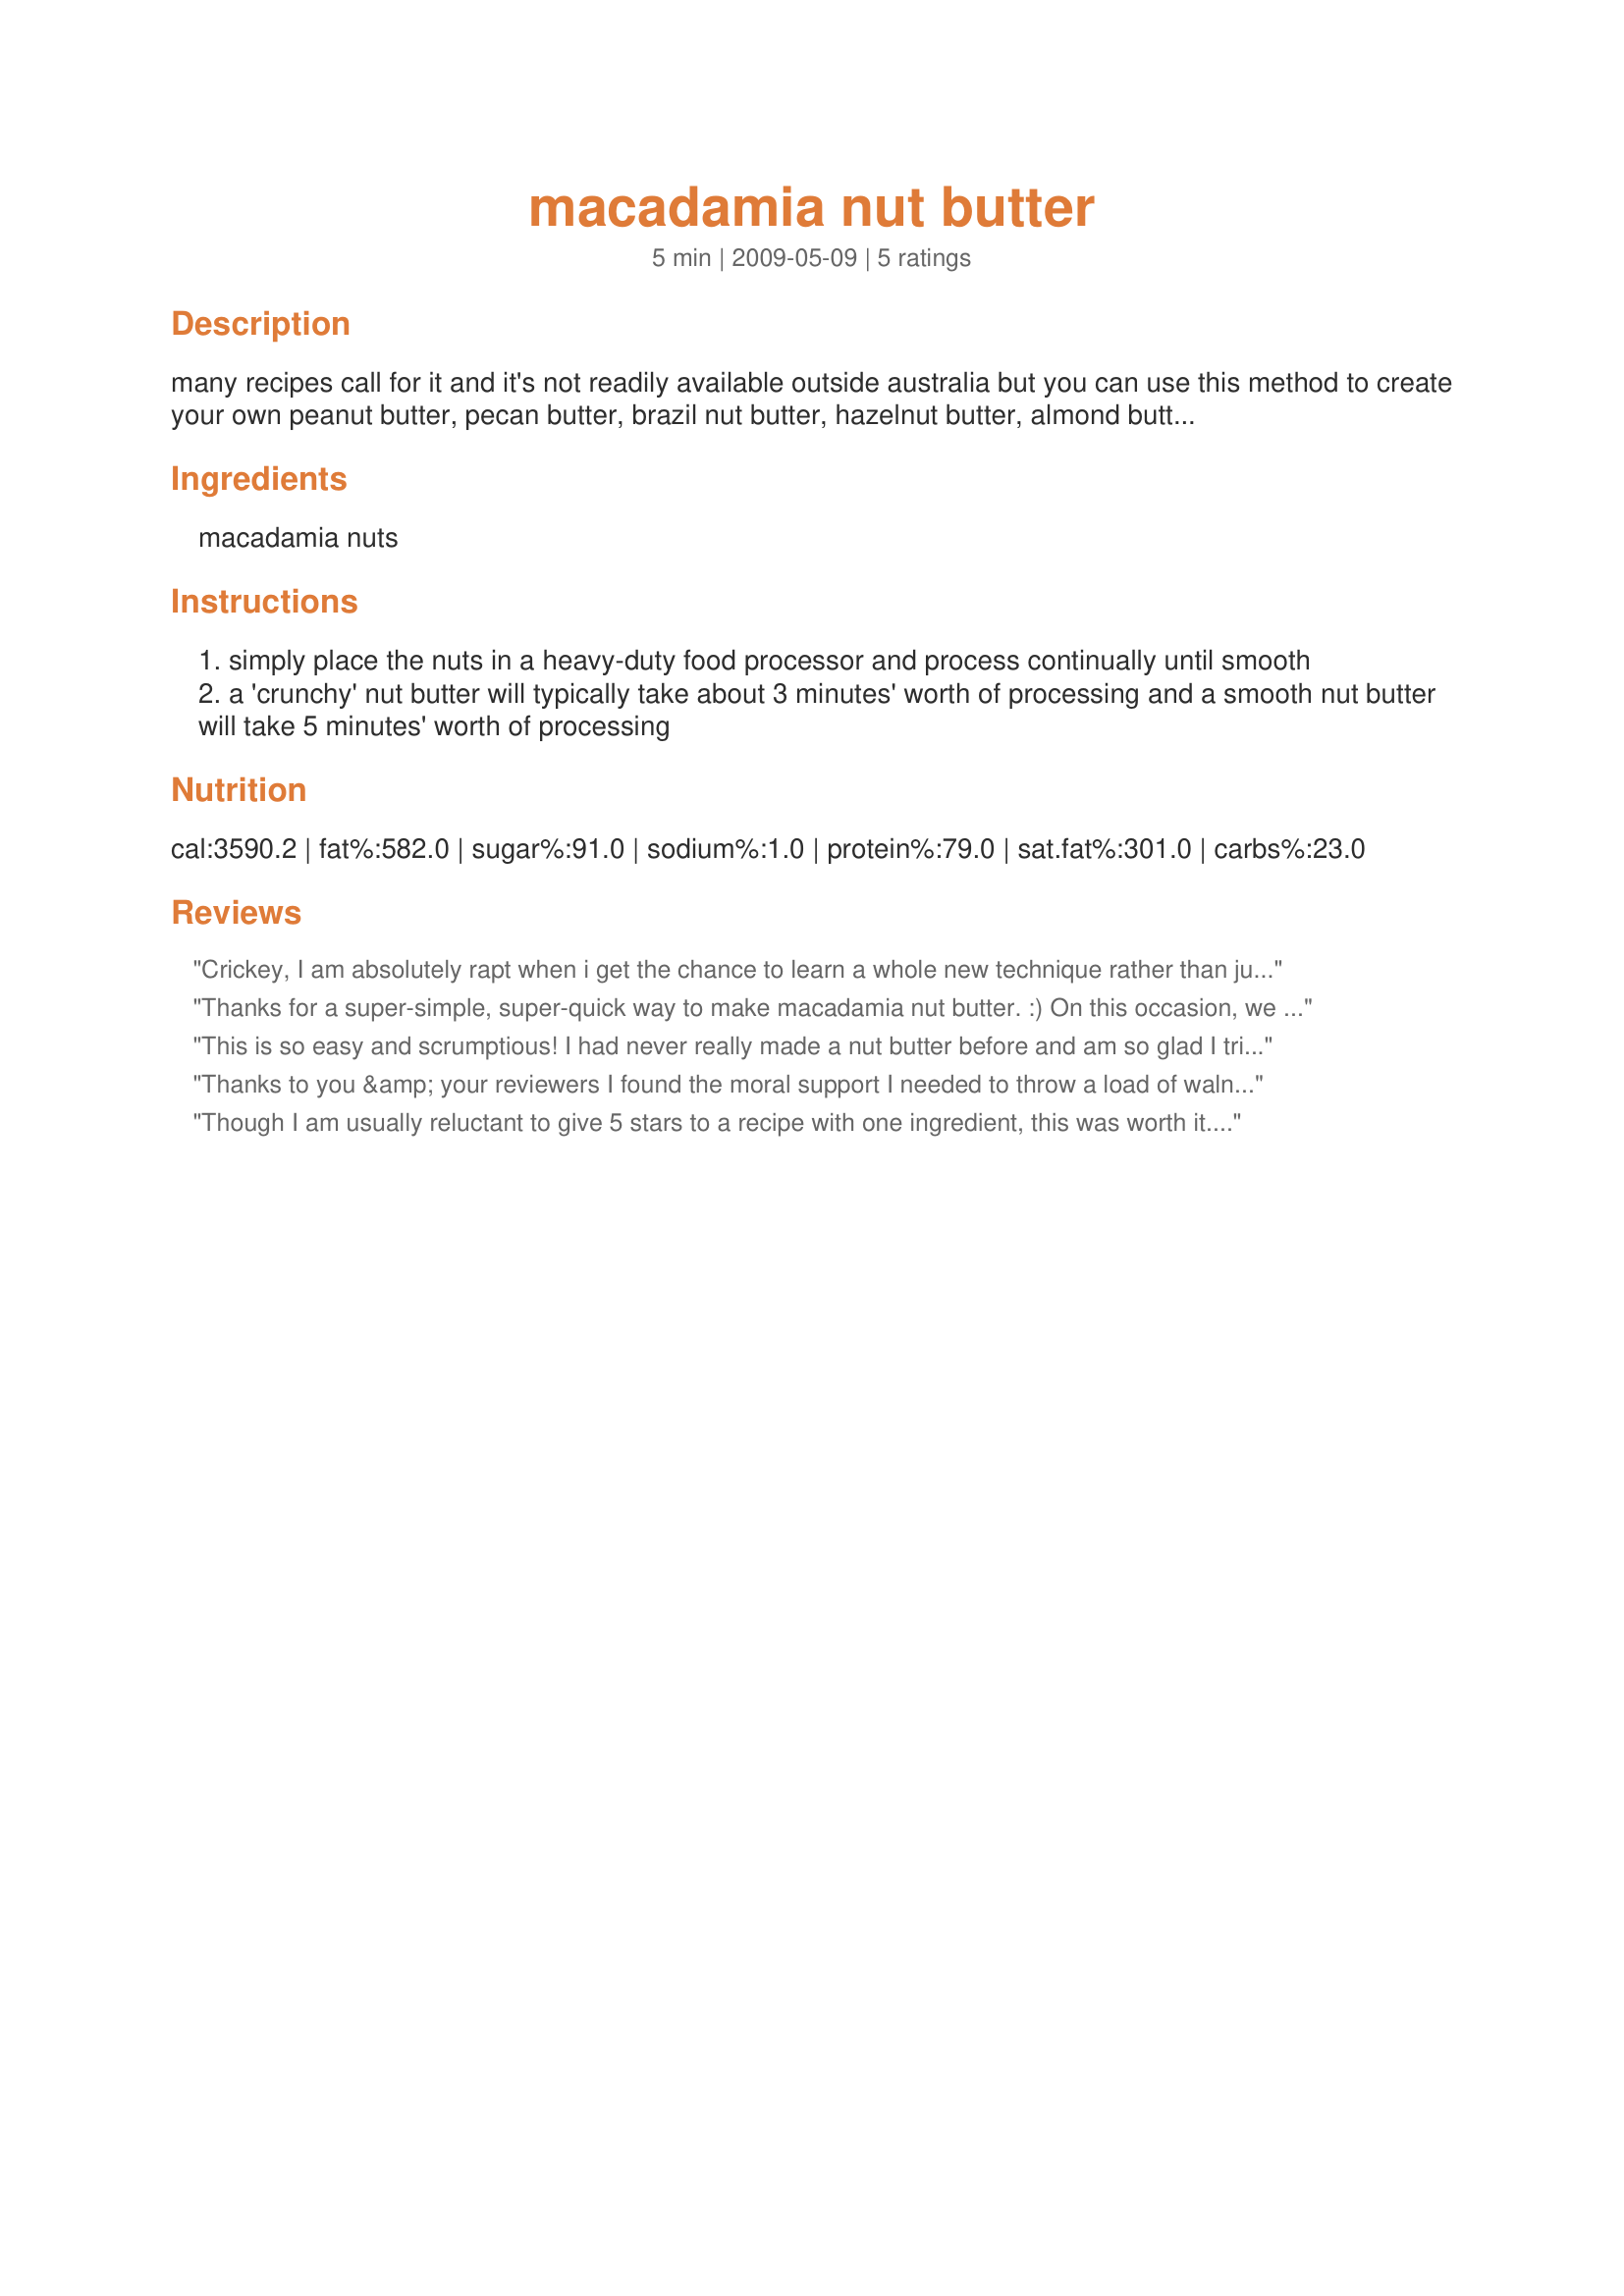
macadamia nut butter
Preparation time: 5 minutes

many recipes call for it and it's not readily available outside australia but you can use this method to create your own peanut butter, pecan butter, brazil nut butter, hazelnut butter, almond butter or any nut butter you like. am guessing at how much it will yield and listed it twice so rz would recognize it.

after looking at one of jubes fish recipes, i have wondered if this could be used in savory dishes that have a butter and nut combination??

Ingredients:
macadamia nuts

Steps:
simply place the nuts in a heavy-duty food processor and process continually until smooth
a 'crunchy' nut butter will typically take about 3 minutes' worth of processing and a smooth nut butter will take 5 minutes' worth of processing

Reviews:
Crickey, I am absolutely rapt when i get the chance to learn a whole new technique rather than just a recipe! I don't know why I hadn't thought of making my own nut butters this way before but I can be sure I will be doing it again. I made a smaller batch just for me in my mini chopper. Then I spread it on a toasted cinnamon and raisin bagel and drizzled it with just a touch of Australian honey. It was beautiful for breakfast. I am sure this will work well with a variety of nuts but that buttery texture of the Macadamia nuts really lent itself to this method. I think that the only thing I might try slightly differently next time is just to roast the nuts first. It was great as written but I just would like to see how it turns out that way too. Thanks! Made for the Chow Hound team in ZWT5.
Thanks for a super-simple, super-quick way to make macadamia nut butter. :) On this occasion, we enjoyed some on toast and followed Sarah_Jayne's suggestion and added some honey. YUM! I love macadamias and I'm going to make this butter for spreading on my sandwiches. It would be great with so many fillings. Thank you so much for sharing this recipe. Made for ZWT 5.
This is so easy and scrumptious! I had never really made a nut butter before and am so glad I tried this...It is awesome! I used 1 1/2 cups of nuts, and ran the food processor for 3 minutes, as directed. Thanks WiGal, for an easy addition to my cookbook! Made for ZWT 5.
Thanks to you &amp; your reviewers I found the moral support I needed to throw a load of walnuts in my processor &amp; blitz! I added a drop of sunflower oil and a tsp of organic honey which improved it no end!
Though I am usually reluctant to give 5 stars to a recipe with one ingredient, this was worth it. I actually ditched my food processor a while back because I was moving and hardly ever used it, so I processed this in the blender. That worked out great! I did add a little water because I thought it may need it, but in the end I decided it was not necessary. Thanks for this, it's better than peanut butter:)
